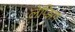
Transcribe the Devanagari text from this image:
लेप्झिग